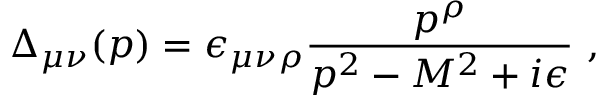
\Delta _ { \mu \nu } ( p ) = \epsilon _ { \mu \nu \rho } \frac { p ^ { \rho } } { p ^ { 2 } - M ^ { 2 } + i \epsilon } \, \, ,